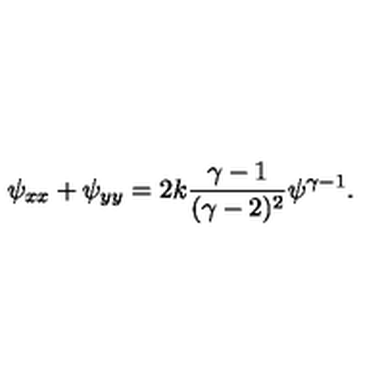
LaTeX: \psi _ { x x } + \psi _ { y y } = 2 k { \frac { \gamma - 1 } { ( \gamma - 2 ) ^ { 2 } } } \psi ^ { \gamma - 1 } .